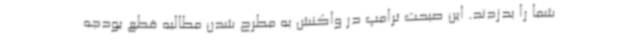
شما را بدزدند. این صبحت ترامپ در واکنش به مطرح شدن مطالبه قطع بودجه